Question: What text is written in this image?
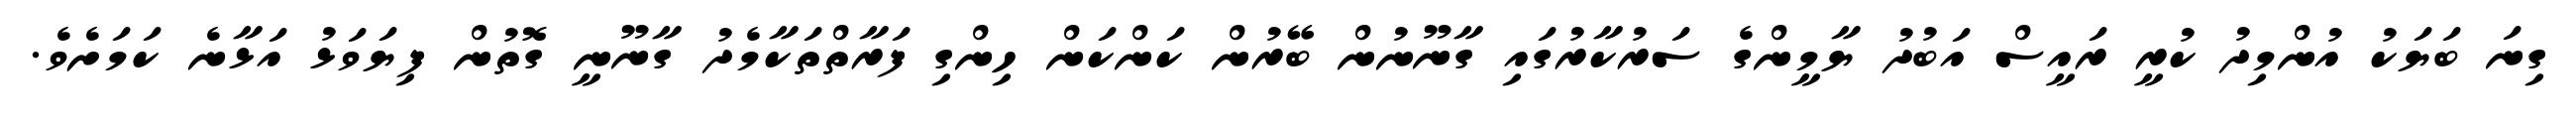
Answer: ގިނަ ބަޔަކު އުންމިދު ކުރީ ރައީސް އަބުދު ޔާމީންގެ ސަރުކާރުގައި ގާނޫނުން ބޭރުން ކަންކަން ހިންގި ފަރާތްތަކާމެދު ގާނޫނީ ގޮތުން ފިޔަވަޅު އަޅާނެ ކަމަށެވެ.